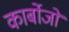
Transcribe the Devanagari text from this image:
कार्बोजों